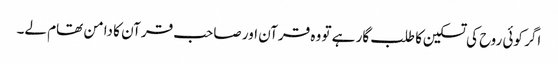
اگر کوئی روح کی تسکین کا طلب گار ہے تو وہ قرآن اور صاحب قرآن کا دامن تھام لے۔